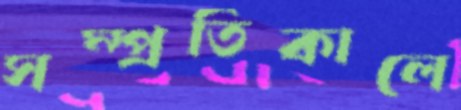
সম্প্রতিকালে